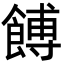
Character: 餺